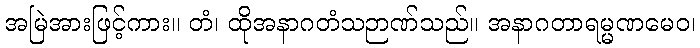
အမြဲအားဖြင့်ကား။ တံ၊ ထိုအနာဂတံသဉာဏ်သည်။ အနာဂတာရမ္မဏမေဝ၊